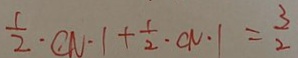
\frac { 1 } { 2 } \cdot C N \cdot 1 + \frac { 1 } { 2 } \cdot C N \cdot 1 = \frac { 3 } { 2 }